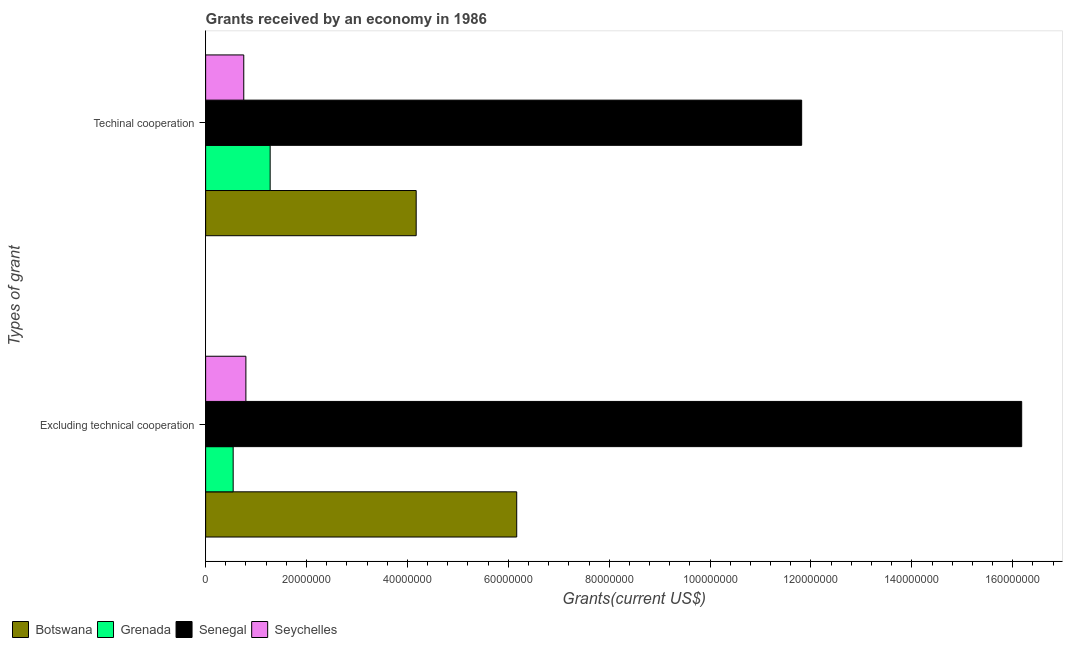
| Types of grant | Botswana | Grenada | Senegal | Seychelles |
 | --- | --- | --- | --- | --- |
 | Excluding technical cooperation | 6.17e+07 | 5.46e+06 | 1.62e+08 | 7.98e+06 |
 | Techinal cooperation | 4.17e+07 | 1.28e+07 | 1.18e+08 | 7.56e+06 |